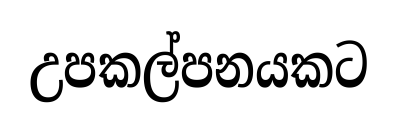
උපකල්පනයකට